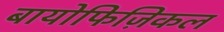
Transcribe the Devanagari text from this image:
बायोफिज़िकल